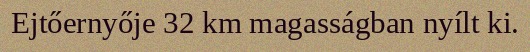
Ejtőernyője 32 km magasságban nyílt ki.